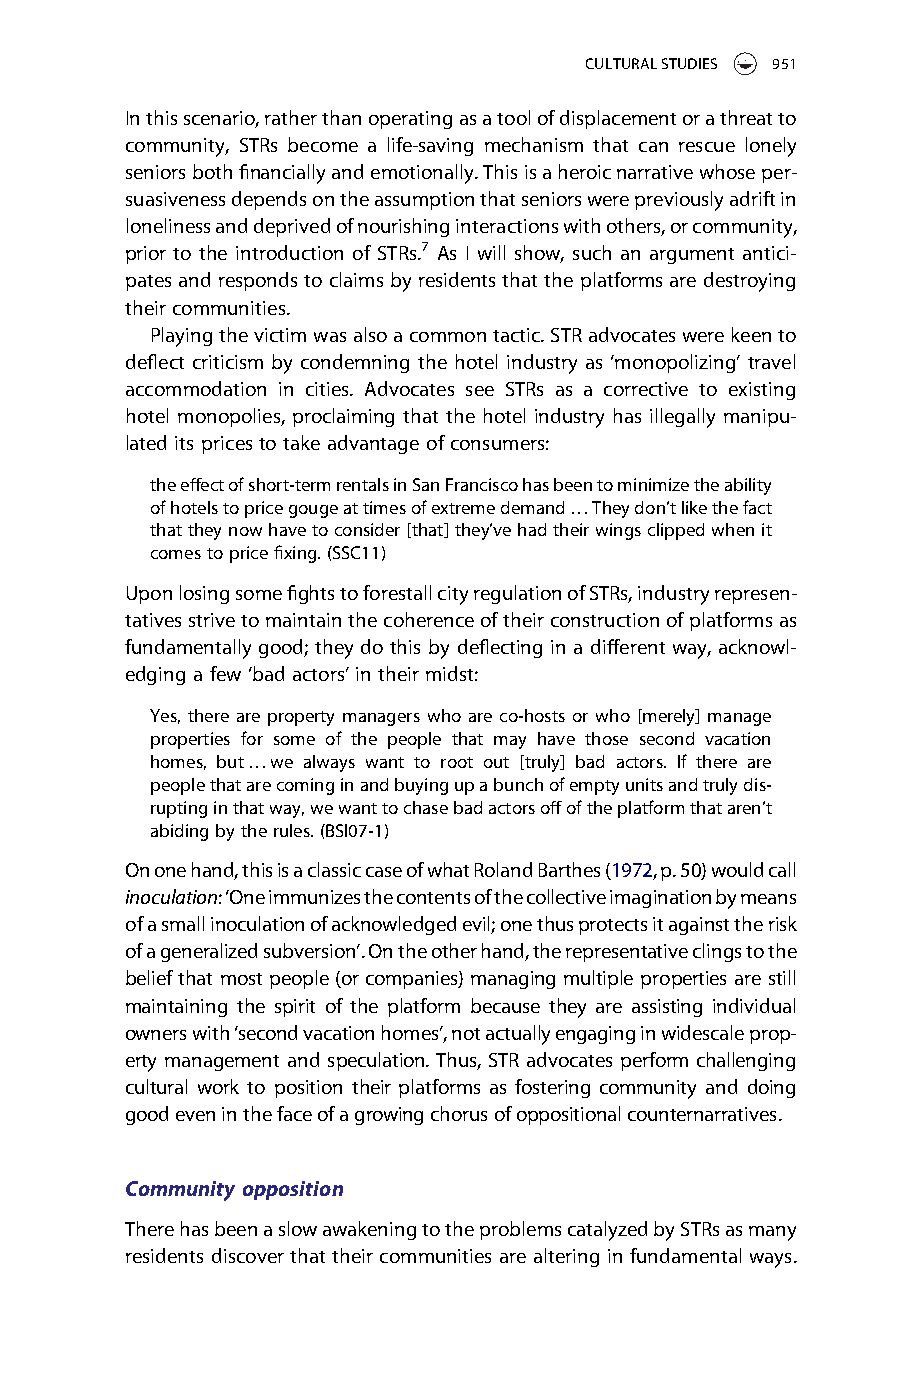
CULTURALSTUDIES 951
 Inthisscenario,ratherthanoperatingasatoolofdisplacementorathreatto
 community, STRs become a life-saving mechanism that can rescue lonely
 seniorsbothfinanciallyandemotionally.Thisisaheroicnarrativewhoseper-
 suasivenessdependsontheassumptionthatseniorswerepreviouslyadriftin
 lonelinessanddeprivedofnourishinginteractionswithothers,orcommunity,
 prior to the introduction of STRs.7 As I will show, such an argument antici-
 patesandrespondstoclaimsbyresidentsthattheplatformsaredestroying
 their communities.
 Playingthevictimwasalsoacommontactic.STRadvocateswerekeento
 deflect criticism by condemning the hotel industry as ‘monopolizing’ travel
 accommodation in cities. Advocates see STRs as a corrective to existing
 hotel monopolies, proclaiming that the hotel industry has illegally manipu-
 lated its pricestotake advantageofconsumers:
 theeffectofshort-termrentalsinSanFranciscohasbeentominimizetheability
 ofhotelstopricegougeattimesofextremedemand…Theydon’tlikethefact
 thattheynowhavetoconsider[that]they’vehadtheirwingsclippedwhenit
 comestopricefixing.(SSC11)
 UponlosingsomefightstoforestallcityregulationofSTRs,industryrepresen-
 tativesstrivetomaintainthecoherenceoftheirconstructionofplatformsas
 fundamentally good; they do this by deflecting in a different way, acknowl-
 edginga few ‘badactors’ intheirmidst:
 Yes, there are property managers who are co-hosts or who [merely] manage
 properties for some of the people that may have those second vacation
 homes, but…we always want to root out [truly] bad actors. If there are
 peoplethatarecominginandbuyingupabunchofemptyunitsandtrulydis-
 ruptinginthatway,wewanttochasebadactorsoffoftheplatformthataren’t
 abidingbytherules.(BSI07-1)
 Ononehand,thisisaclassiccaseofwhatRolandBarthes(1972,p.50)wouldcall
 inoculation:‘Oneimmunizesthecontentsofthecollectiveimaginationbymeans
 ofasmallinoculationofacknowledgedevil;onethusprotectsitagainsttherisk
 ofageneralizedsubversion’.Ontheotherhand,therepresentativeclingstothe
 beliefthat most people(orcompanies) managingmultiple properties are still
 maintaining the spirit of the platform because they are assisting individual
 ownerswith‘secondvacationhomes’,notactuallyengaginginwidescaleprop-
 erty management and speculation. Thus, STR advocates perform challenging
 cultural work to position their platforms as fostering community and doing
 goodeveninthefaceofagrowingchorusofoppositionalcounternarratives.
 Community opposition
 TherehasbeenaslowawakeningtotheproblemscatalyzedbySTRsasmany
 residents discover that their communities are altering in fundamental ways.